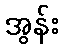
အွန်း